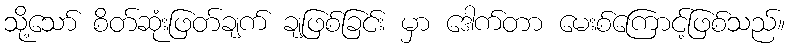
သို့သော် စိတ်ဆုံးဖြတ်ချက် ချဖြစ်ခြင်း မှာ ဒေါက်တာ မေးစ်ကြောင့်ဖြစ်သည်။